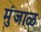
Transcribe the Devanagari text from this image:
मुंजाळ